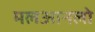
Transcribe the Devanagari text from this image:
मलआनलो